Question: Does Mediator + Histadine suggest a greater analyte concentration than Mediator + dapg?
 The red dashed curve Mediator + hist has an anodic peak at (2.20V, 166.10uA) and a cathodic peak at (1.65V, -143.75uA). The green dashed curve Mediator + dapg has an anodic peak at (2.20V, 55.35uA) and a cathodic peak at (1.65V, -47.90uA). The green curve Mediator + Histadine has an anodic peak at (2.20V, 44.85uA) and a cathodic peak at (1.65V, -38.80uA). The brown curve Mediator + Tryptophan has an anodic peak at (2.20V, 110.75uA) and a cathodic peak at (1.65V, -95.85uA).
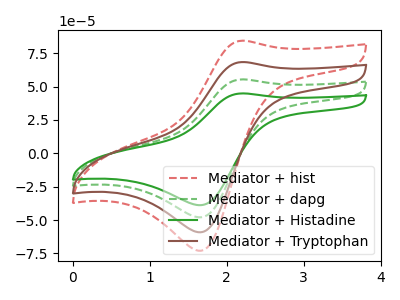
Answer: <think>All the peaks in "Mediator + Histadine" have a peak in "Mediator + dapg" at the same potential. Every peak in "Mediator + Histadine" is lower than every peak in "Mediator + dapg".
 </think>
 <answer>"Mediator + Histadine" has less signal than "Mediator + dapg".</answer>
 <eval>less_signal</eval>